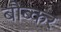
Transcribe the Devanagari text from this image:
बौब्कर